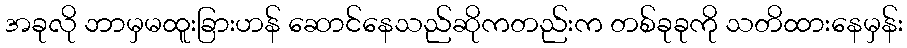
အခုလို ဘာမှမထူးခြားဟန် ဆောင်နေသည်ဆိုကတည်းက တစ်ခုခုကို သတိထားနေမှန်း